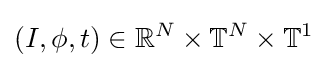
(I,\phi ,t)\in \mathbb {R} ^{N}\times \mathbb {T} ^{N}\times \mathbb {T} ^{1}